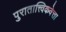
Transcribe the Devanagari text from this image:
पुरातात्त्विकवेत्ता